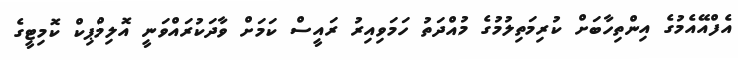
އެފްއޭއެމުގެ އިންތިހާބަށް ކުރިމަތިލުމުގެ މުއްދަތު ހަމަވިއިރު ރައީސް ކަމަށް ވާދަކުރައްވަނީ އޮލިމްޕިކް ކޮމިޓީގެ